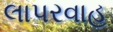
લાપરવાહ